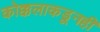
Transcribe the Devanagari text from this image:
कोक्कलाकडूनही